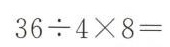
$$36 \div 4 \times 8 =$$